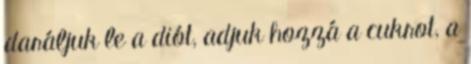
daráljuk le a diót, adjuk hozzá a cukrot, a